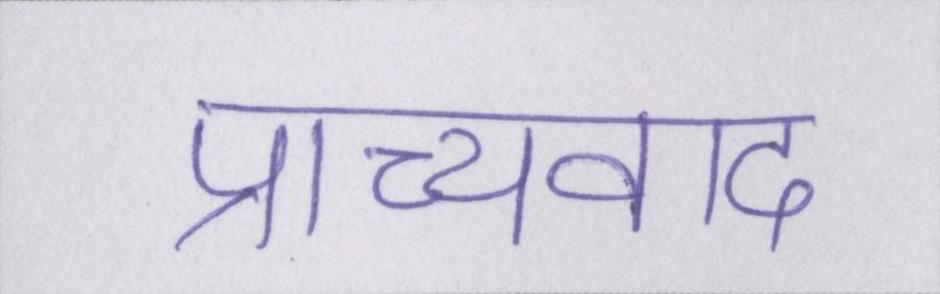
प्राच्यवाद